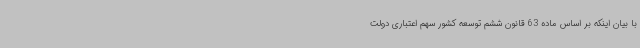
با بیان اینکه بر اساس ماده 63 قانون ششم توسعه کشور سهم اعتباری دولت